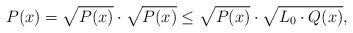
LaTeX: \begin{align*}P(x) = \sqrt{P(x)} \cdot \sqrt{P(x)} \leq \sqrt{P(x)} \cdot \sqrt{L_0 \cdot Q(x)},\end{align*}